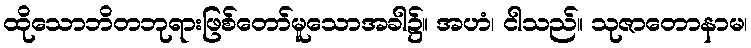
ထိုသောဘိတဘုရားဖြစ်တော်မူသောအခါ၌။ အဟံ၊ ငါသည်။ သုဇာတောနာမ၊